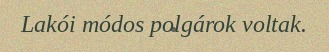
Lakói módos polgárok voltak.